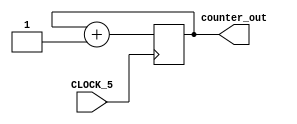
// It has a single clock input and a 32-bit output port
module simple_counter(CLOCK_5, counter_out);
	input CLOCK_5;
	output[31:0] counter_out;
	
	reg [31:0] counter_out;
	
	always @(posedge CLOCK_5)	// On positive clock edge
	begin
		counter_out <= counter_out + 1;	// Increment counter
	end
endmodule